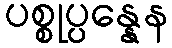
ပစ္စုပ္ပန္နေန